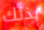
بذلك